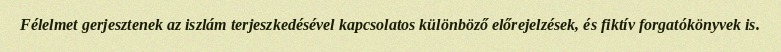
Félelmet gerjesztenek az iszlám terjeszkedésével kapcsolatos különböző előrejelzések, és fiktív forgatókönyvek is.